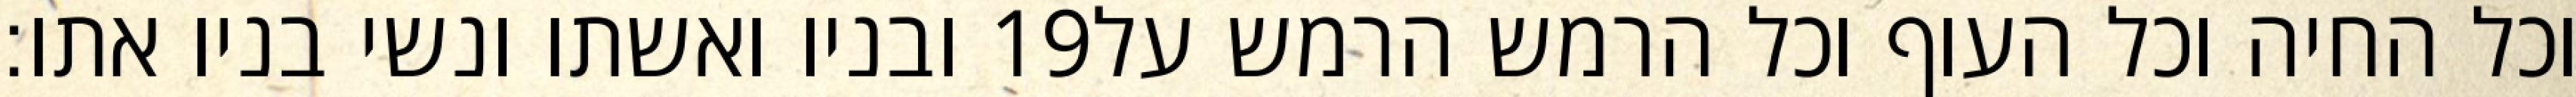
ובניו ואשתו ונשי בניו אתו׃ ‎19‏ וכל החיה וכל העוף וכל הרמש הרמש על